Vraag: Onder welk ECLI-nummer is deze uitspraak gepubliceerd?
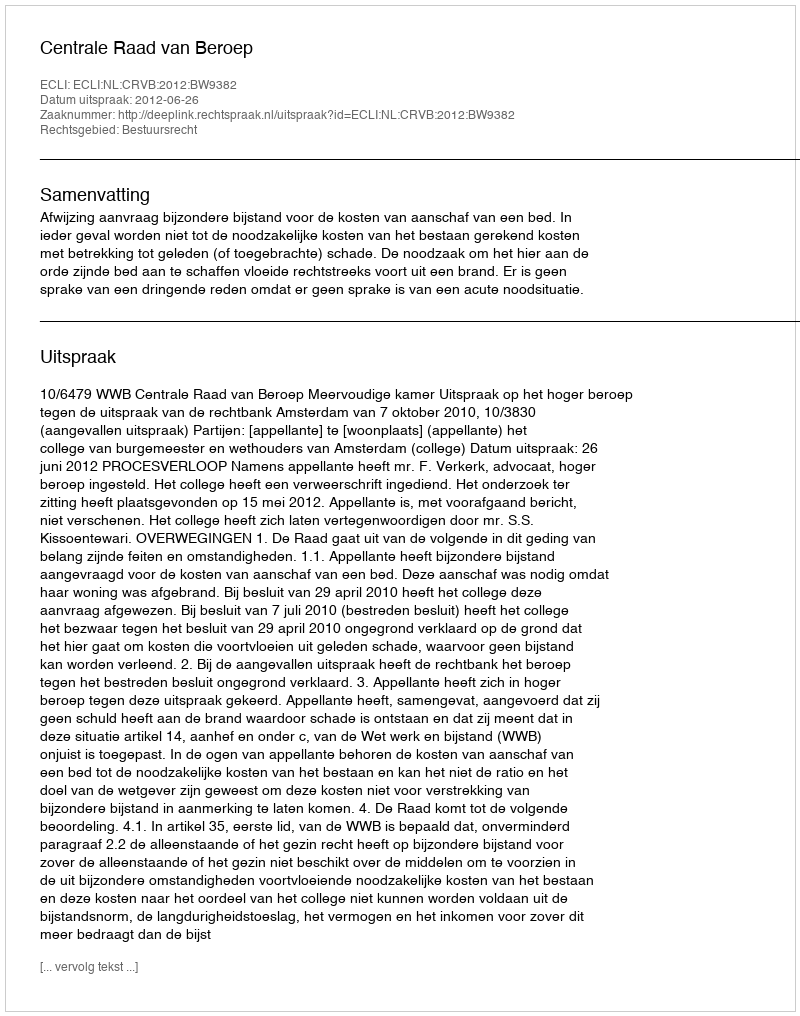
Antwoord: ECLI:NL:CRVB:2012:BW9382